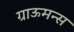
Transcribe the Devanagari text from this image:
ग्राऊमन्स